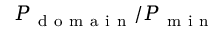
P _ { \mathrm { ~ d ~ o ~ m ~ a ~ i ~ n ~ } } / P _ { \mathrm { ~ m ~ i ~ n ~ } }